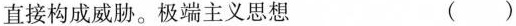
直接构成威胁。极端主义思想 ( )